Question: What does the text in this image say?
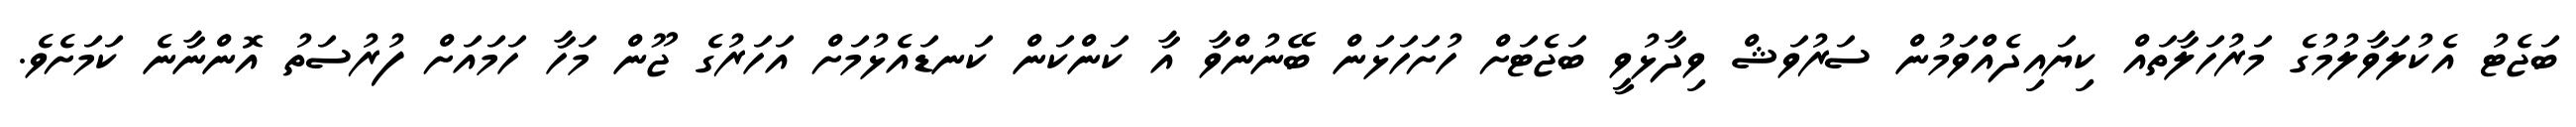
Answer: ބަޖެޓު އެކުލަވާލުމުގެ މަރުހަލާތައް ކިޔައިދެއްވަމުން ސަރުވަޝް ވިދާޅުވީ ބަޖެޓަށް ހުށަހަޅަން ބޭނުންވާ އާ ކަންކަން ކަނޑައެޅުމަށް އަހަރުގެ ޖޫން މަހާ ހަމައަށް ފުރުސަތު އޮންނާނެ ކަމަށެވެ.